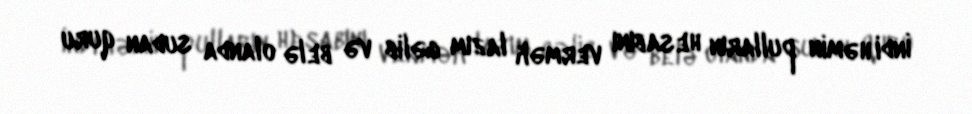
İndi həmin pulların hesabını vermək lazım gəlib və belə olanda sudan quru